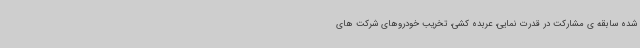
شده سابقه ی مشارکت در قدرت نمایی، عربده کشی، تخریب خودروهای شرکت های